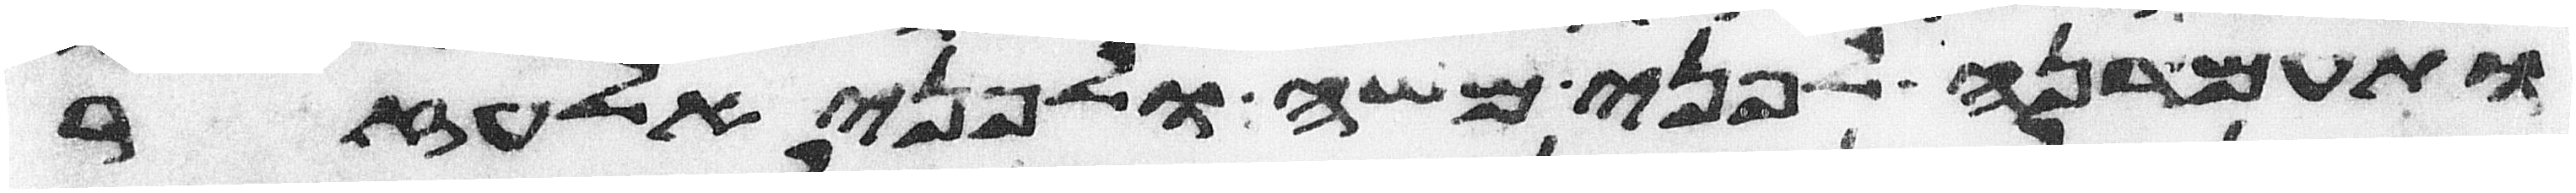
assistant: ותעמדנה לפני משה ולפני אלעזר